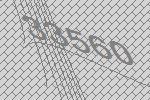
33560